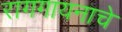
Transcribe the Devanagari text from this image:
रागगायनाचे